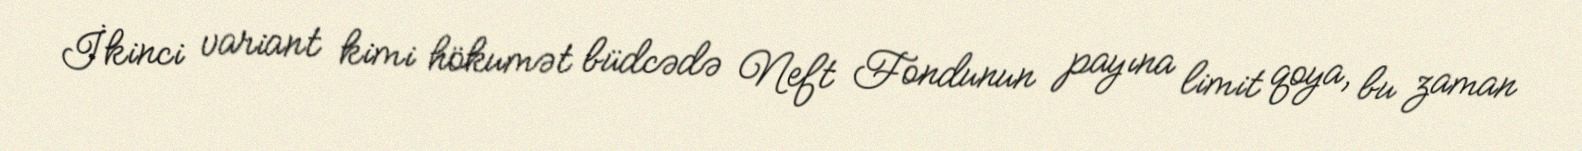
İkinci variant kimi hökumət büdcədə Neft Fondunun payına limit qoya, bu zaman